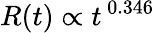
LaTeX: R(t)\propto t^{\, 0.346}